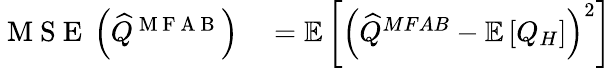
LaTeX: \begin{array}{rl}{\mathrm{~M~S~E~}\left(\widehat{Q}^{\mathrm{~M~F~A~B~}}\right)}&{{}=\mathbb{E}\left[\left(\widehat{Q}^{MFAB}-\mathbb{E}\left[Q_{H}\right]\right)^{2}\right]}\end{array}